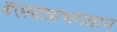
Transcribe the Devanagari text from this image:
बसवन्नाभगवान